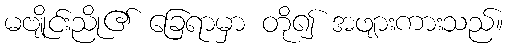
မဗျိုင်းညို၏ ခြေရာမှာ တို၍ အဖျားကားသည်။